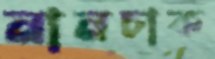
নানচাক